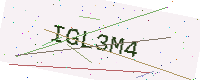
Text: IGL3M4